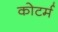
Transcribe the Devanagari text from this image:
कोटर्म